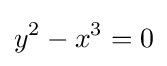
y^{2}-x^{3}=0